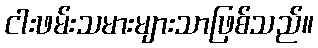
ငါးဖမ်းသမားများသာဖြစ်သည်။